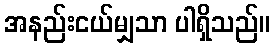
အနည်းငယ်မျှသာ ပါရှိသည်။